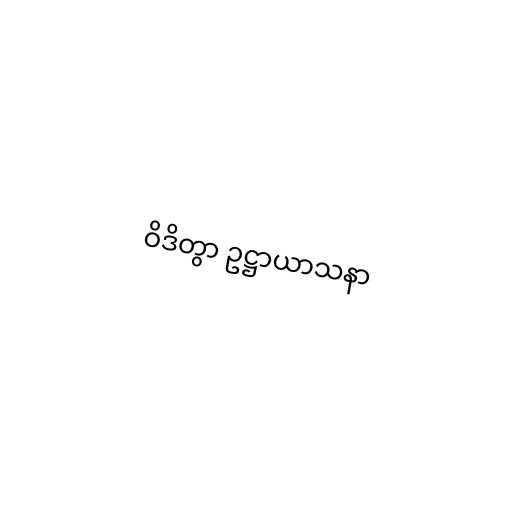
ဝိဒိတွာ ဥဋ္ဌာယာသနာ